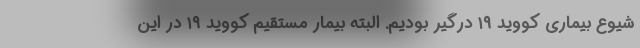
شیوع بیماری کووید ۱۹ درگیر بودیم. البته بیمار مستقیم کووید ۱۹ در این